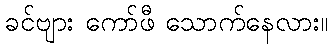
ခင်ဗျား ကော်ဖီ သောက်နေလား။